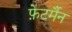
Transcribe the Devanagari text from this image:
फ़ेटर्मैन